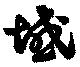
域